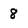
Character: 8